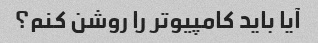
آیا باید کامپیوتر را روشن کنم؟